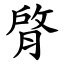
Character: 䏿